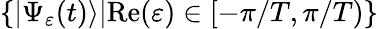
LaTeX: \{ |\Psi_{\varepsilon}(t)\rangle|\mathrm{Re}(\varepsilon)\in[-\pi/T,\pi/T)\}